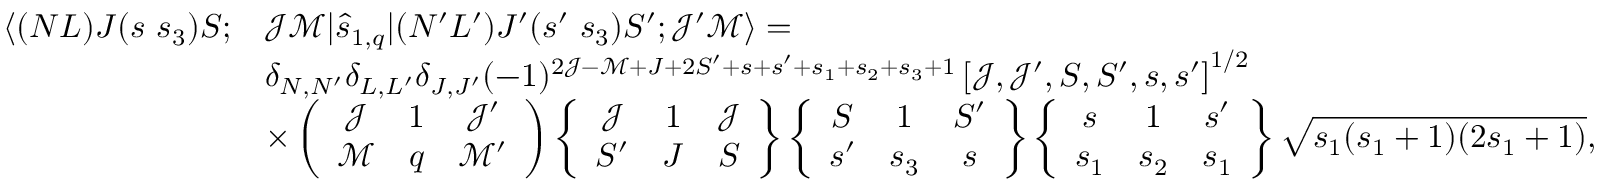
\begin{array} { r l } { \langle ( N L ) J ( s ~ s _ { 3 } ) S ; } & { \mathcal { J } \mathcal { M } | \hat { s } _ { 1 , q } | ( N ^ { \prime } L ^ { \prime } ) J ^ { \prime } ( s ^ { \prime } ~ s _ { 3 } ) S ^ { \prime } ; \mathcal { J } ^ { \prime } \mathcal { M } \rangle = } \\ & { \delta _ { N , N ^ { \prime } } \delta _ { L , L ^ { \prime } } \delta _ { J , J ^ { \prime } } ( - 1 ) ^ { 2 \mathcal { J } - \mathcal { M } + J + 2 S ^ { \prime } + s + s ^ { \prime } + s _ { 1 } + s _ { 2 } + s _ { 3 } + 1 } \left[ \mathcal { J } , \mathcal { J } ^ { \prime } , S , S ^ { \prime } , s , s ^ { \prime } \right] ^ { 1 / 2 } } \\ & { \times \left( \begin{array} { c c c } { \mathcal { J } } & { 1 } & { \mathcal { J } ^ { \prime } } \\ { \mathcal { M } } & { q } & { \mathcal { M } ^ { \prime } } \end{array} \right) \left\{ \begin{array} { c c c } { \mathcal { J } } & { 1 } & { \mathcal { J } } \\ { S ^ { \prime } } & { J } & { S } \end{array} \right\} \left\{ \begin{array} { c c c } { S } & { 1 } & { S ^ { \prime } } \\ { s ^ { \prime } } & { s _ { 3 } } & { s } \end{array} \right\} \left\{ \begin{array} { c c c } { s } & { 1 } & { s ^ { \prime } } \\ { s _ { 1 } } & { s _ { 2 } } & { s _ { 1 } } \end{array} \right\} \sqrt { s _ { 1 } ( s _ { 1 } + 1 ) ( 2 s _ { 1 } + 1 ) } , } \end{array}